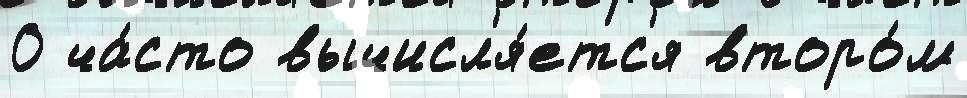
0 ча́сто вычисл'я́етс'я второ́м